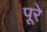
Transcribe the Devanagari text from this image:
पूरे